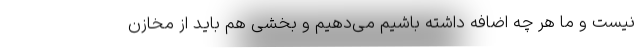
نیست و ما هر چه اضافه داشته باشیم می‌دهیم و بخشی هم باید از مخازن